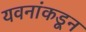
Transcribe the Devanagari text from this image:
यवनांकडून